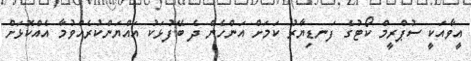
އީވާއަކީ ސުޕްރީމް ކޯޓުގެ ފަނޑިޔާރު ކަމަށް އަންހެން ދެ ބޭފުޅަކު އައްޔަންކުރެއްވުމާ އެއްކޮޅަށް